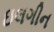
ઇલગીન